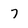
Character: 7